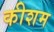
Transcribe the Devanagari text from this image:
कीशम